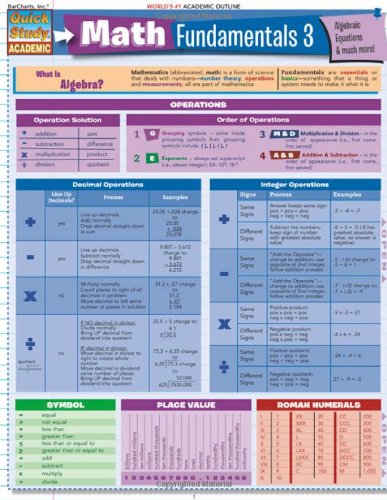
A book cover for Math Fundamentals 3 (Quickstudy: Academic); Inc. BarCharts; Science & Math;